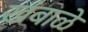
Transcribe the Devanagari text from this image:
खंबाळे